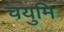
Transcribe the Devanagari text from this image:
चयुमि